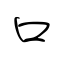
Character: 口